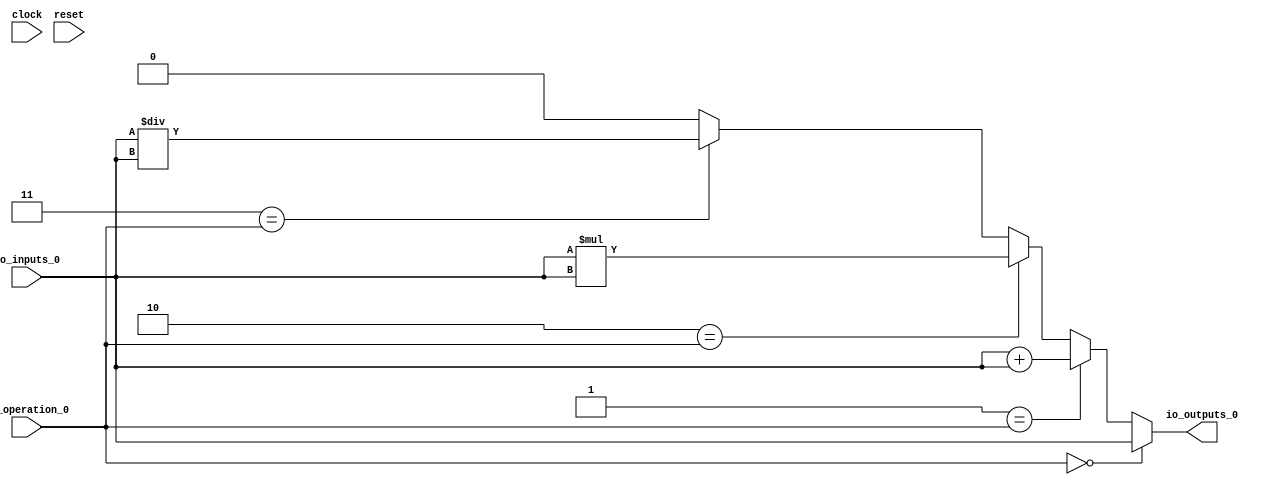
module MuxTest_width_1_inputs_1_outputs_1_pipeline_0( // @[:@3.2]
  input        clock, // @[:@4.4]
  input        reset, // @[:@5.4]
  input  [2:0] io_operation_0, // @[:@6.4]
  input        io_inputs_0, // @[:@6.4]
  output       io_outputs_0 // @[:@6.4]
);
  wire [1:0] _T_124; // @[MuxTest_width_1_inputs_1_outputs_1_pipeline_0s.scala 32:53:@8.4]
  wire  _T_125; // @[MuxTest_width_1_inputs_1_outputs_1_pipeline_0s.scala 32:53:@9.4]
  wire [1:0] _T_127; // @[MuxTest_width_1_inputs_1_outputs_1_pipeline_0s.scala 33:58:@10.4]
  wire  _T_129; // @[MuxTest_width_1_inputs_1_outputs_1_pipeline_0s.scala 34:56:@11.4]
  wire  _T_130; // @[Mux.scala 46:19:@12.4]
  wire  _T_131; // @[Mux.scala 46:16:@13.4]
  wire  _T_132; // @[Mux.scala 46:19:@14.4]
  wire [1:0] _T_133; // @[Mux.scala 46:16:@15.4]
  wire  _T_134; // @[Mux.scala 46:19:@16.4]
  wire [1:0] _T_135; // @[Mux.scala 46:16:@17.4]
  wire  _T_136; // @[Mux.scala 46:19:@18.4]
  wire [1:0] _T_137; // @[Mux.scala 46:16:@19.4]
  assign _T_124 = io_inputs_0 + io_inputs_0; // @[MuxTest_width_1_inputs_1_outputs_1_pipeline_0s.scala 32:53:@8.4]
  assign _T_125 = io_inputs_0 + io_inputs_0; // @[MuxTest_width_1_inputs_1_outputs_1_pipeline_0s.scala 32:53:@9.4]
  assign _T_127 = io_inputs_0 * io_inputs_0; // @[MuxTest_width_1_inputs_1_outputs_1_pipeline_0s.scala 33:58:@10.4]
  assign _T_129 = io_inputs_0 / io_inputs_0; // @[MuxTest_width_1_inputs_1_outputs_1_pipeline_0s.scala 34:56:@11.4]
  assign _T_130 = 3'h3 == io_operation_0; // @[Mux.scala 46:19:@12.4]
  assign _T_131 = _T_130 ? _T_129 : 1'h0; // @[Mux.scala 46:16:@13.4]
  assign _T_132 = 3'h2 == io_operation_0; // @[Mux.scala 46:19:@14.4]
  assign _T_133 = _T_132 ? _T_127 : {{1'd0}, _T_131}; // @[Mux.scala 46:16:@15.4]
  assign _T_134 = 3'h1 == io_operation_0; // @[Mux.scala 46:19:@16.4]
  assign _T_135 = _T_134 ? {{1'd0}, _T_125} : _T_133; // @[Mux.scala 46:16:@17.4]
  assign _T_136 = 3'h0 == io_operation_0; // @[Mux.scala 46:19:@18.4]
  assign _T_137 = _T_136 ? {{1'd0}, io_inputs_0} : _T_135; // @[Mux.scala 46:16:@19.4]
  assign io_outputs_0 = _T_137[0]; // @[MuxTest_width_1_inputs_1_outputs_1_pipeline_0s.scala 23:14:@20.4]
endmodule